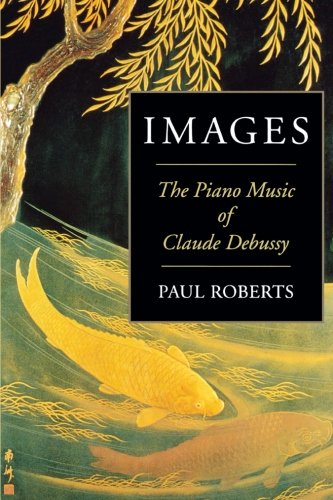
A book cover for Images: The Piano Music of Claude Debussy; Paul Roberts; Biographies & Memoirs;